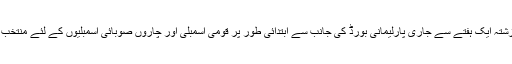
جمعہ کو پاکستان تحریک انصاف کے گزشتہ ایک ہفتے سے جاری پارلیمانی بورڈ کی جانب سے ابتدائی طور پر قومی اسمبلی اور چاروں صوبائی اسمبلیوں کے لئے منتخب امیدواروں کے ناموں کا اعلان کردیا گیا۔